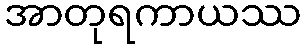
အာတုရကာယဿ